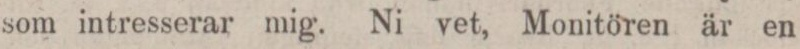
som intresserar mig. Ni vet, Monitören är en